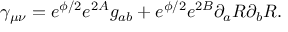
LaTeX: \gamma _ { \mu \nu } = e ^ { \phi / 2 } e ^ { 2 A } g _ { a b } + e ^ { \phi / 2 } e ^ { 2 B } \partial _ { a } R \partial _ { b } R .